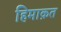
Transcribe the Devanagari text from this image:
हिमाक़त